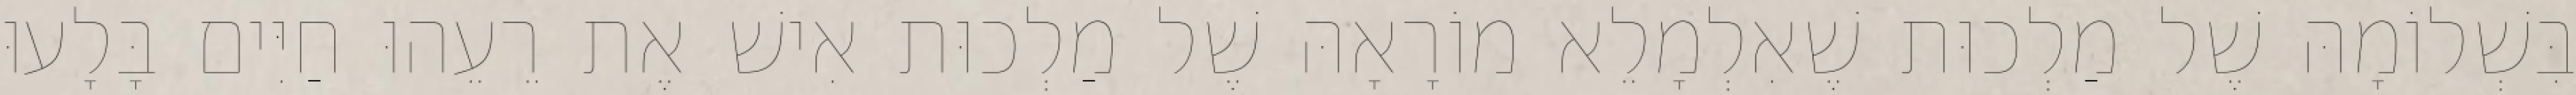
בִּשְׁלוֹמָהּ שֶׁל מַלְכוּת שֶׁאִלְמָלֵא מוֹרָאָהּ שֶׁל מַלְכוּת אִישׁ אֶת רֵעֵהוּ חַיִּים בָּלָעוּ